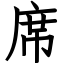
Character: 席